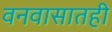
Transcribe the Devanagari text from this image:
वनवासातही